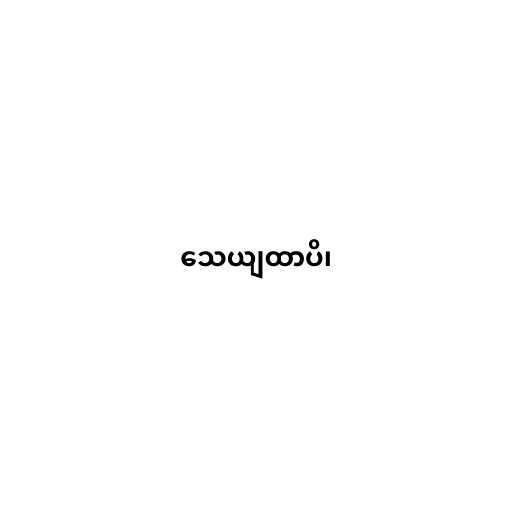
သေယျထာပိ၊